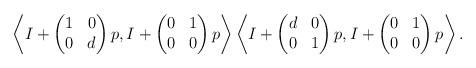
LaTeX: \begin{align*}\left \langle I + \begin{pmatrix} 1 & 0 \\ 0 & d \end{pmatrix} p, I + \begin{pmatrix} 0 & 1 \\ 0 & 0 \end{pmatrix} p \right \rangle \left \langle I + \begin{pmatrix} d & 0 \\ 0 & 1 \end{pmatrix} p, I + \begin{pmatrix} 0 & 1 \\ 0 & 0 \end{pmatrix} p \right \rangle.\end{align*}